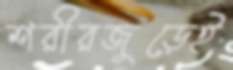
শরীরজুড়েই